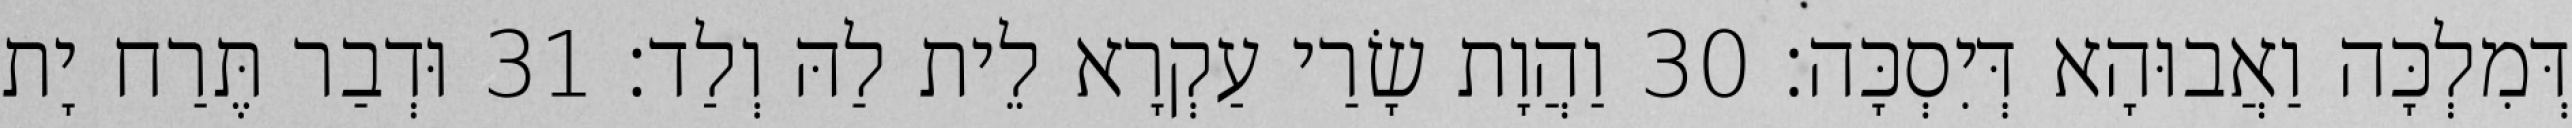
דְּמִלְכָּה וַאֲבוּהָא דְּיִסְכָּה׃ 30 וַהֲוָת שָׂרַי עַקְרָא לֵית לַהּ וְלַד׃ 31 וּדְבַר תֶּרַח יָת